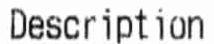
DESCRIPTION